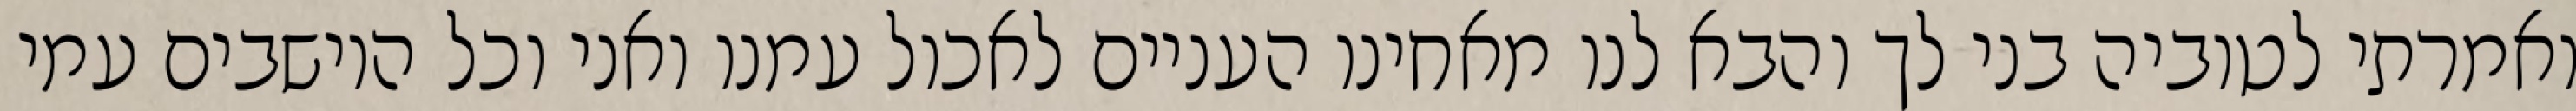
ואמרתי לטוביה בני לך והבא לנו מאחינו העניים לאכול עמנו ואני וכל היושבים עמי